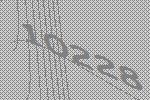
10228